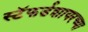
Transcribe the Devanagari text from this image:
स्टॅफर्डशायरच्या